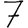
Digit: 7